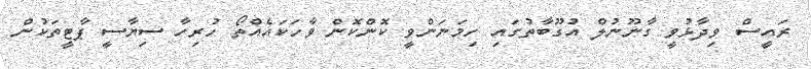
ރައީސް ވިދާޅުވީ ގާނޫނުލް އުގޫބާތުގައި ހިމަނަންވީ ކޮންކޮން ވާހަކައެއްތޯ ހުރިހާ ސިޔާސީ ޕާޓީތަކުން